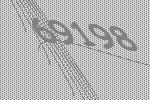
69198